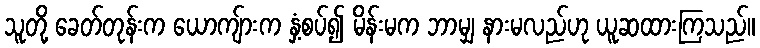
သူတို့ ခေတ်တုန်းက ယောကျ်ားက နှံ့စပ်၍ မိန်းမက ဘာမျှ နားမလည်ဟု ယူဆထားကြသည်။